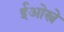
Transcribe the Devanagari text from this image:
ईओस्त्रे